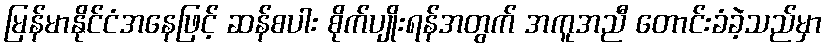
မြန်မာနိုင်ငံအနေဖြင့် ဆန်စပါး စိုက်ပျိုးရန်အတွက် အကူအညီ တောင်းခံခဲ့သည်မှာ